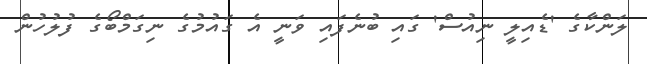
ލަންކާގެ 'ޑެއިލީ ނިއުސް' ގައި ބުނެފައި ވަނީ އެ ގައުމުގެ ނިގަމްބޯގެ ފުލުހުން